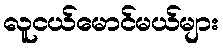
လူငယ်မောင်မယ်များ